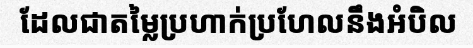
ដែលជាតម្លៃប្រហាក់ប្រហែលនឹងអំបិល